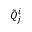
\tilde { Q } _ { j } ^ { i }